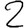
Digit: 2